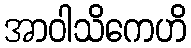
အာဝါသိကေဟိ